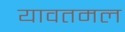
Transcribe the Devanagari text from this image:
यावतमल